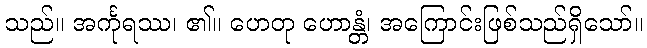
သည်။ အင်္ကုရဿ၊ ၏။ ဟေတု ဟောန္တံ၊ အကြောင်းဖြစ်သည်ရှိသော်။